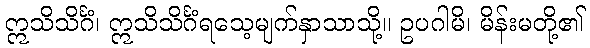
ဣသိသိင်္ဂံ၊ ဣသိသိင်္ဂံရသေ့မျက်နှာသာသို့။ ဥပဂါမိ၊ မိန်းမတို့၏